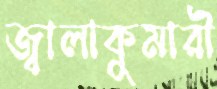
জ্বালাকুমারী